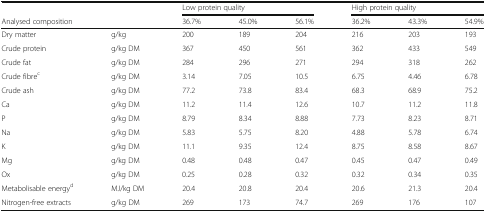
|  |  | <COLSPAN=3> Low protein quality | <COLSPAN=3> High protein quality |
 | Analysed composition |  | 36.7% | 45.0% | 56.1% | 36.2% | 43.3% | 54.9% |
 | --- | --- | --- | --- | --- | --- | --- | --- |
 | Dry matter | g/kg | 200 | 189 | 204 | 216 | 203 | 193 |
 | Crude protein | g/kg DM | 367 | 450 | 561 | 362 | 433 | 549 |
 | Crude fat | g/kg DM | 284 | 296 | 271 | 294 | 318 | 262 |
 | Crude fibrec | g/kg DM | 3.14 | 7.05 | 10.5 | 6.75 | 4.46 | 6.78 |
 | Crude ash | g/kg DM | 77.2 | 73.8 | 83.4 | 68.3 | 68.9 | 75.2 |
 | Ca | g/kg DM | 11.2 | 11.4 | 12.6 | 10.7 | 11.2 | 11.8 |
 | P | g/kg DM | 8.79 | 8.34 | 8.88 | 7.73 | 8.23 | 8.71 |
 | Na | g/kg DM | 5.83 | 5.75 | 8.20 | 4.88 | 5.78 | 6.74 |
 | K | g/kg DM | 11.1 | 9.35 | 12.4 | 8.75 | 8.58 | 8.67 |
 | Mg | g/kg DM | 0.48 | 0.48 | 0.47 | 0.45 | 0.47 | 0.49 |
 | Ox | g/kg DM | 0.25 | 0.28 | 0.32 | 0.32 | 0.34 | 0.35 |
 | Metabolisable energyd | MJ/kg DM | 20.4 | 20.8 | 20.4 | 20.6 | 21.3 | 20.4 |
 | Nitrogen-free extracts | g/kg DM | 269 | 173 | 74.7 | 269 | 176 | 107 |